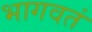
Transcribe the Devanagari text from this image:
भागवतं